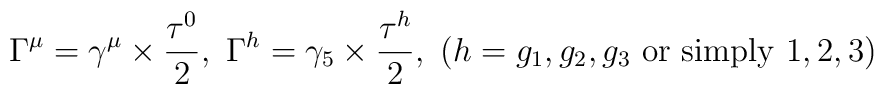
\Gamma^\mu=\gamma^\mu \times \frac{\tau^0}{2},\ \Gamma^h=\gamma_5 \times \frac{\tau^h}{2},\ (h=g_1, g_2, g_3 {\rm\ or\ simply\ } 1,2,3)